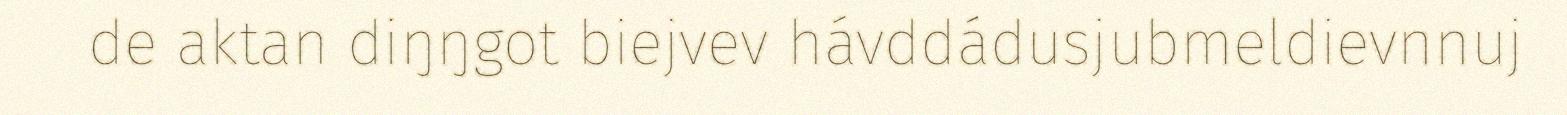
de aktan diŋŋgot biejvev hávddádusjubmeldievnnuj